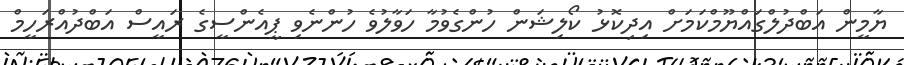
ޔާމީން އަބްދުލްގައްޔޫމްކަމަށް އިދިކޮޅު ކޯލިޝަން ހުންގެވުމާ ހަވާލުވެ ހުންނެވި ޕީއެންސީގެ ރައީސް އަބްދުއްރަހީމް